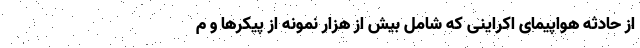
از حادثه هواپيمای اكراينی كه شامل بیش از هزار نمونه از پیکرها و م